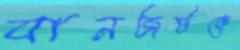
যানজটকে